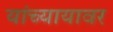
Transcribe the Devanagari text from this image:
यांच्यायावर